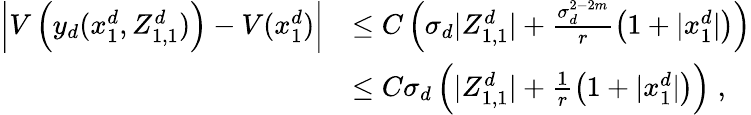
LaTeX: \begin{array}{rl}{\left\vert V\left(y_{d}(x_{1}^{d},Z_{1,1}^{d})\right)-V(x_{1}^{d})\right\vert}&{\leq C\left(\sigma_{d}\vert Z_{1,1}^{d}\vert+\frac{\sigma_{d}^{2-2m}}{r}\left(1+\vert x_{1}^{d}\vert\right)\right)}\\ &{\leq C\sigma_{d}\left(\vert Z_{1,1}^{d}\vert+\frac{1}{r}\left(1+\vert x_{1}^{d}\vert\right)\right)\; ,}\end{array}